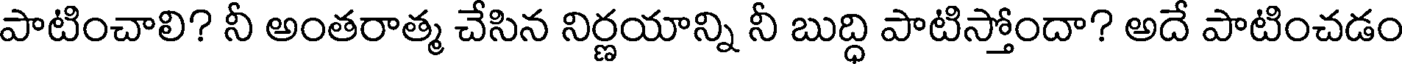
పాటించాలి? నీ అంతరాత్మ చేసిన నిర్ణయాన్ని నీ బుద్ధి పాటిస్తోందా? అదే పాటించడం